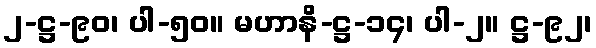
၂-ဋ္ဌ-၉၀၊ ပါ-၅၀။ မဟာနိ-ဋ္ဌ-၁၄၊ ပါ-၂။ ဋ္ဌ-၉၂၊